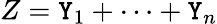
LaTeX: Z=\mathtt{Y}_{1}+\cdots+\mathtt{Y}_{n}